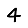
Digit: 4